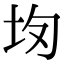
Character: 𡉳